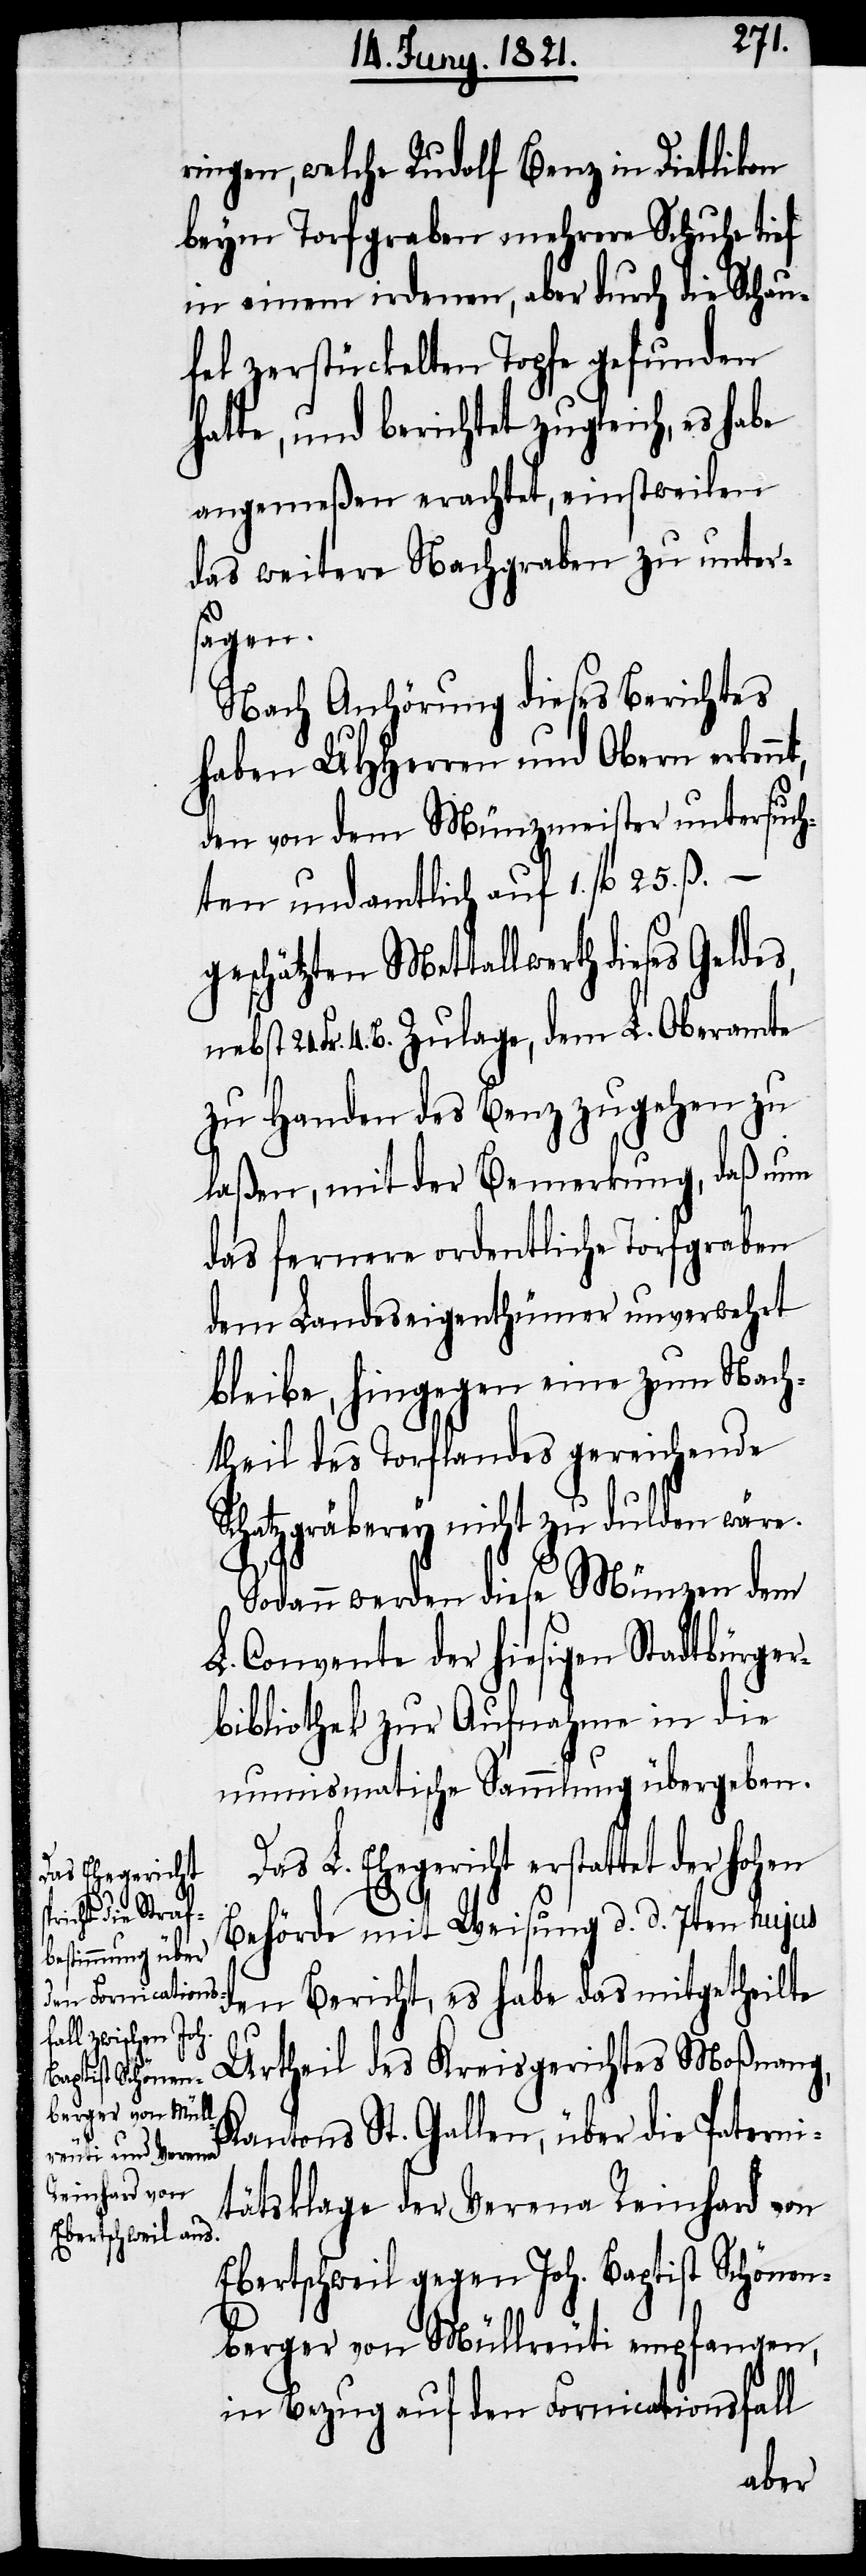
nt,
ringen, welche Rudolf Benz in Dietlikon
beym Torfgraben mehrere Schuhe tief
in einem irdenen, aber durch die Schau¬
fel zerstückelten Topfe gefunden
hatte, und berichtet zugleich, es habe
angemeßen erachtet, einstweilen
das weitere Nachgraben zu unters¬
agen.
Nach Anhörung dieses Berichtes
haben UHHerren und Obern erken¬
den von dem Münzmeister untersuch¬
ten und amtlich auf 1. fl. 25. ß. –
geschätzten Metallwerth dieses Geldes,
4. B. Zulage, dem L. Oberamte
zu Handen des Benz zugehen zu
laßen, mit der Bemerkung, daß nun
das fernere ordentliche Torfgraben
dem Landeseigenthümer unverwehrt
bleibe, hingegen eine zum Nach¬
theil des Torflandes gereichende
Schatzgräberey nicht zu dulden wäre.
Sodann werden diese Münzen dem
L. Convente der hiesigen Stadtbürger¬
bibliothek zur Aufnahme in die
numismatische Sammlung übergeben.
L. Ehegericht erstattet der hohen
Behörde mit Weisung d. d. 7ten hujus
den Bericht, es habe das mitgetheilte
Urtheil des Kreisgerichtes Moßnang,
Kantons St. Gallen, über die Paterni¬
tätsklage der Verena Reinhard von
Ebertschweil gegen Joh. Baptist Schönen¬
berger von Müllreuti empfangen,
in Bezug auf den Fornicationsfall